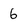
Character: 6